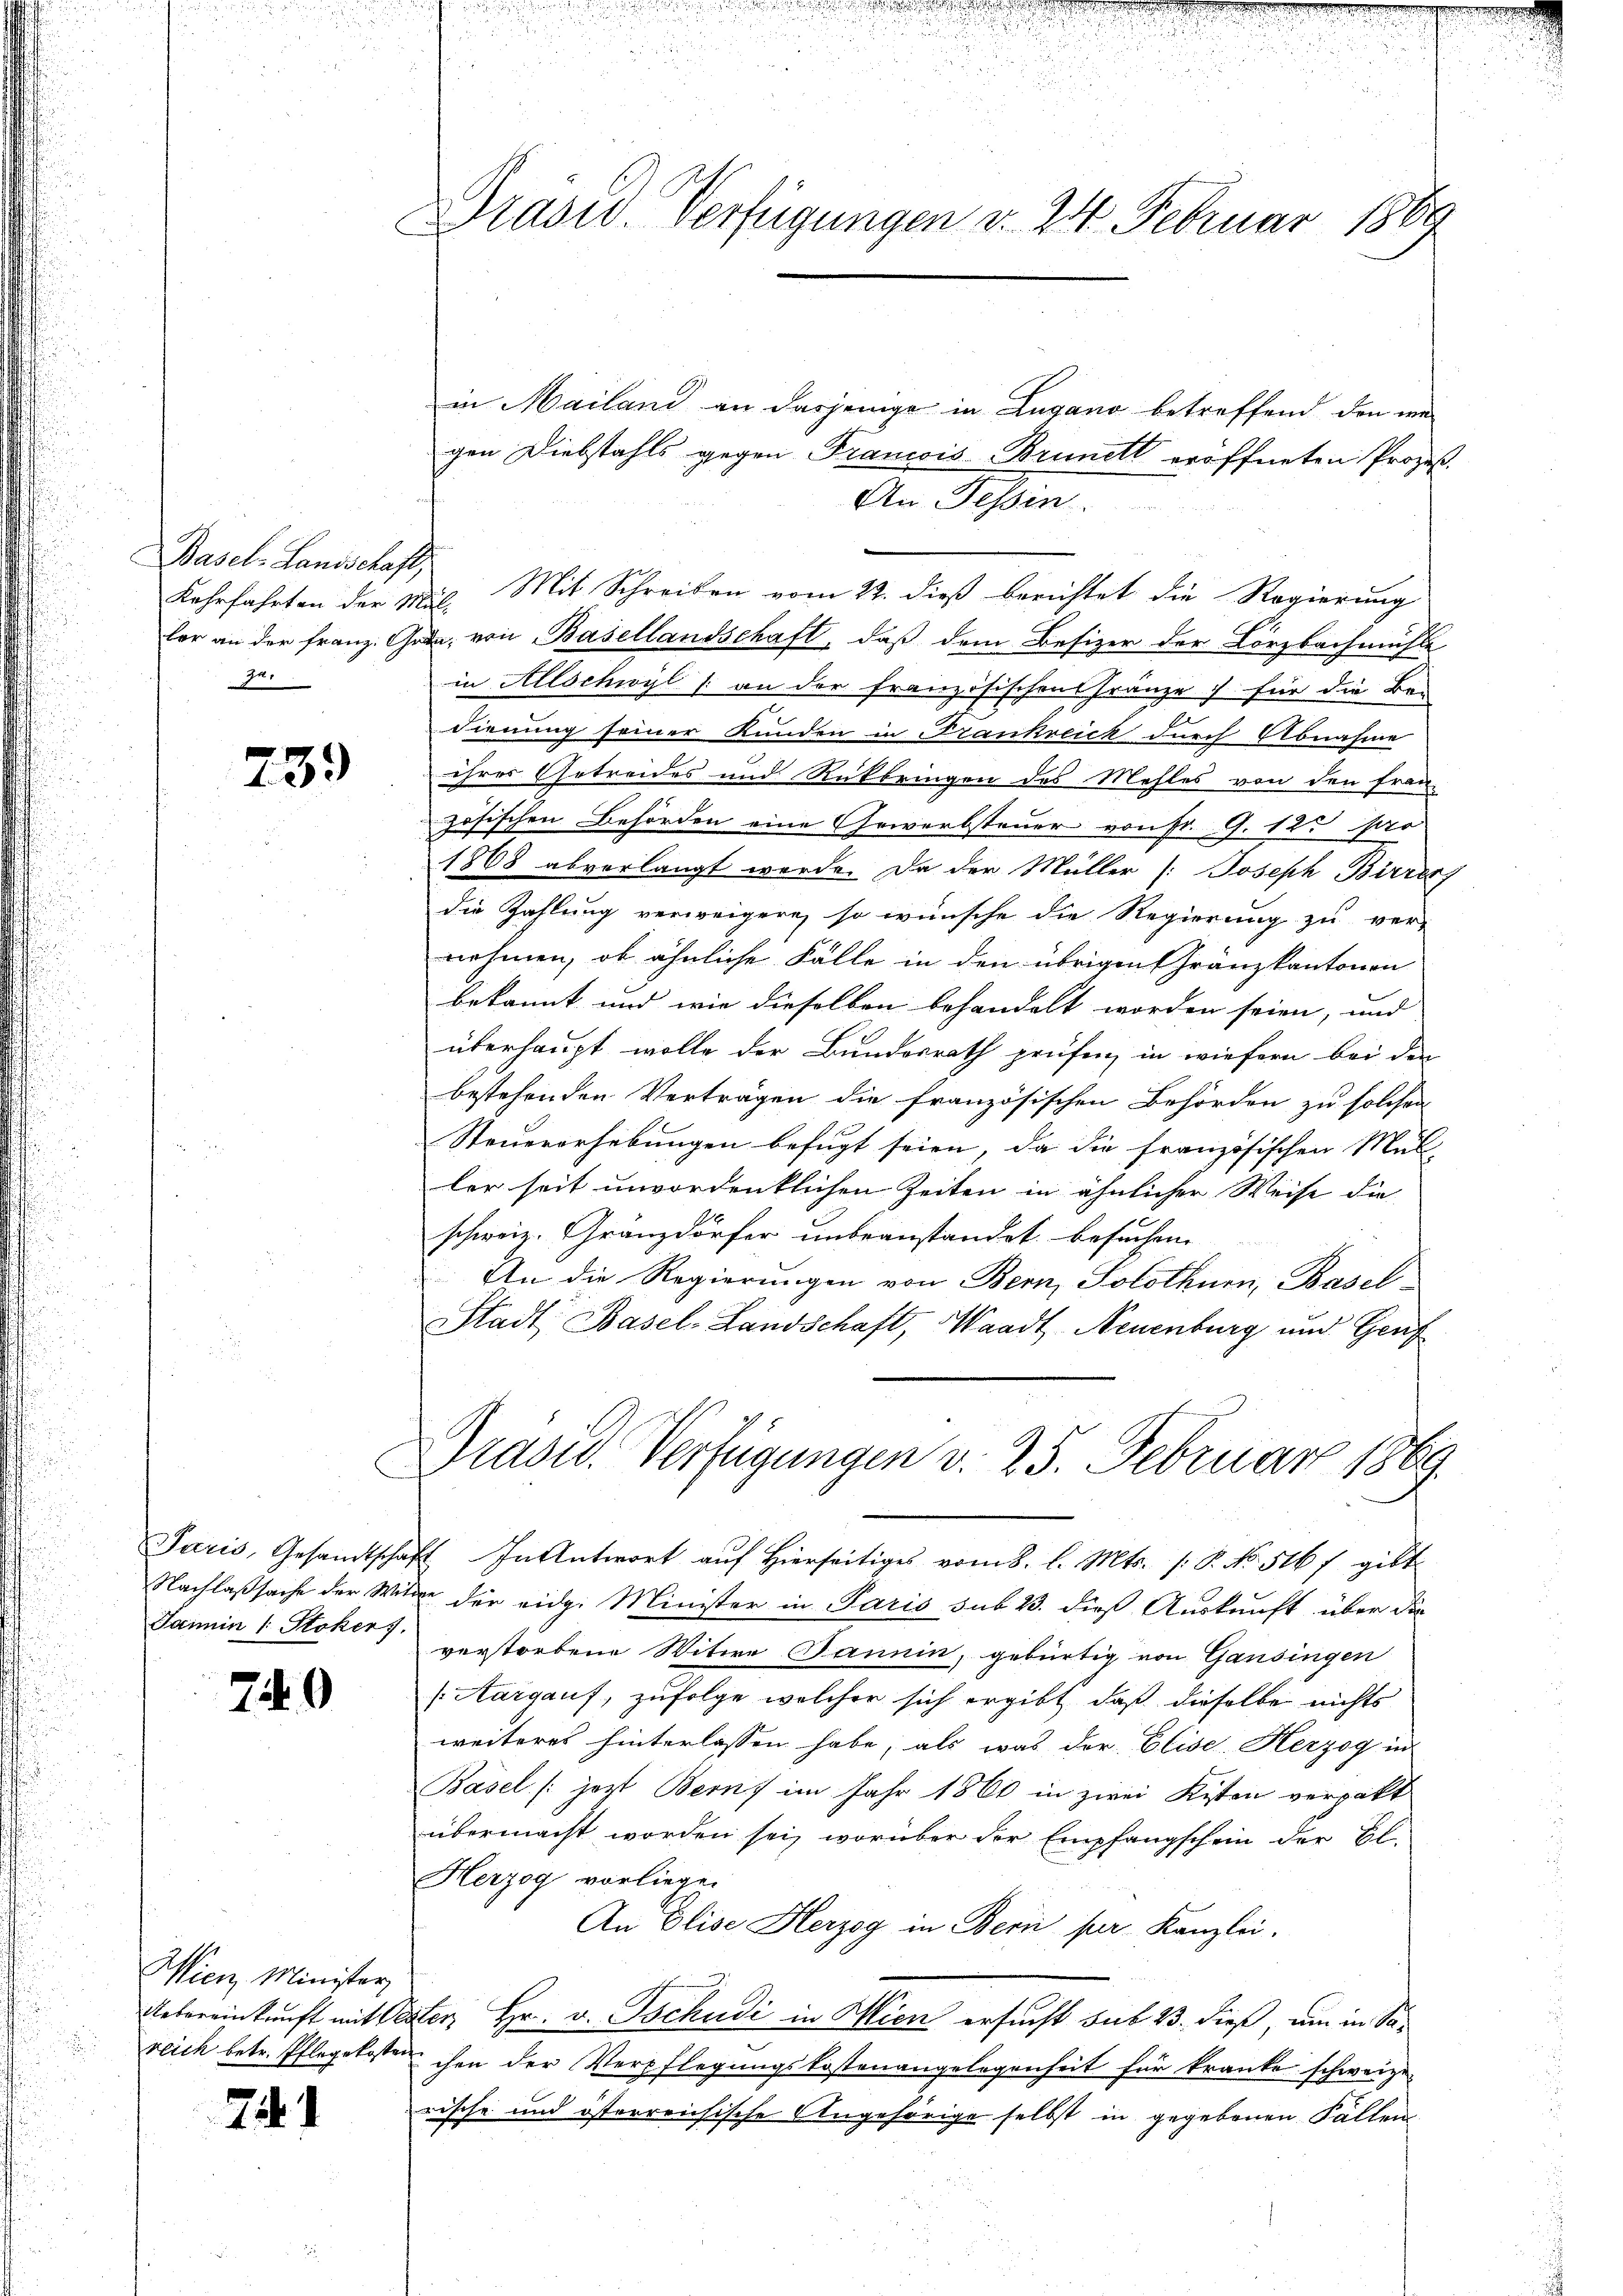
Basel, Landschaft,
Ju.

739

Paris, Gesandtschaf
Nachlaßsache der Wit¬
Jamin (: Stoker).

749

Wien Minister
Uebereinkunft mit
reich betr. Pflegekosten

21

Drasw. Verfügungen d. 24. Februar 1889

in Mailand an dasjenige in Lugano betreffend den we
gen Diebstahls gegen Francois Brunett eröffneten Prozeß-
An Tessin.
Kehrfahrten der Mil. Mit Schreiben vom 22. dieß berichtet die Regierung
fer an der franz. Grdn. von Basellandschaft, daß dem Besizer der Körzbachmühle
in Allschwyl / an der französischen Franze für die Bei
dienung seiner Kunden in Frankreich durch Abnahme
ihrer Getreides und Rückbringen des Mehles von den Fran-
zösischen Behörden eine Gewerbsteuer von St. G. 123 so
1868 abverlangt werde. Da der Müller /:Joseph Birrer
die Zahlung verweigern, so wünsche die Regierung zu ver-
nehmen, ob ähnliche Fälle in den übrigen Gränzkantonen
bekannt und wie dieselben behandelt worden seien, und
überhaupt wolle der Bundesrath prüfen, in wiefern bei den
bestehenden Verträgen die französischen Behörden zu solchen
Steuererhebungen befugt seien, da die französischen Mül
ler seit unvordenklichen Zeiten in ähnlicher Weise die
schweiz. Granzdörfer unbeanstandet besuchene
An die Regierungen von Bern, Solothurn, Basel-
Stadt Basel-Landschaft, Waadt, Neuenburg und Genf
Prasid. Verfügungen d. 25. Februar 1869.
E. In Antwort auf Hierseitiges vom 8. l. Mts. (: P. No. 516 f. gibt
 der eidg. Minister in Paris sub 23. dieß Auskunft über die
verstorbene Witwe Jannin, gebürtig von Gansingen
Aargauf, zufolge welcher sich ergibt, daß dieselbe nichts
weiteres hinterlassen habe, als was der Elise Herzog in
Basel jezt Bern im Jahr 1860 in zwei Kisten verpakt
übermacht worden sei, worüber der Empfangschein der Bl.
Herzog vorliege.
An Elise Herzog in Bern per Kanzlei.
ter, Hr. v. Tschudi in Wien ersucht sub 23. dieß, um in Sachen der Verpflegungskostenangelegenheit für kranke schweize
rische und österreichische Angehörige selbst in gegebenen Fällen